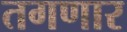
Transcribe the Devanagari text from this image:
तगणार